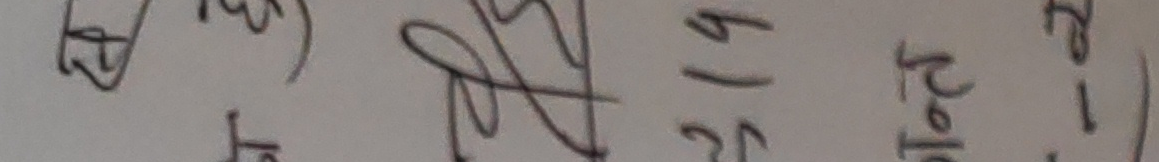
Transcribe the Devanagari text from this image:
२०.१५/१४)
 पोल (-२)